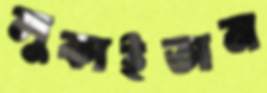
লুকাইতাম